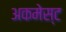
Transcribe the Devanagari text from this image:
अकमेस्ट